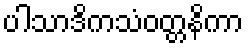
ပါသာဒိကသံဝတ္တနိကာ